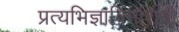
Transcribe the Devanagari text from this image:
प्रत्यभिज्ञाविमर्शिनी